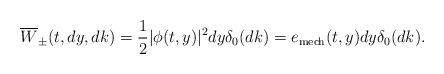
LaTeX: \begin{align*}\overline W_\pm(t,dy,dk)=\frac12|\phi(t,y)|^2dy\delta_0(dk)=e_{\rm mech}(t,y)dy\delta_0(dk).\end{align*}